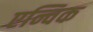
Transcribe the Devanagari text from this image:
एन्चिक